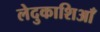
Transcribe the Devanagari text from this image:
लेदुकाशिआँ